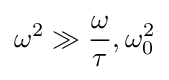
\omega ^{2}\gg {\frac {\omega }{\tau }},\omega _{0}^{2}